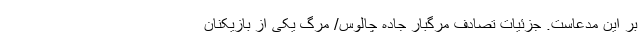
بر این مدعاست. جزئیات تصادف مرگبار جاده چالوس/ مرگ یکی از بازیکنان